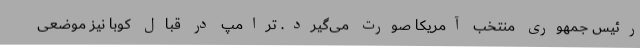
رئیس جمهوری منتخب آمریکا صورت می‌گیرد. ترامپ در قبال کوبا نیز موضعی